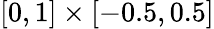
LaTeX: [0,1]\times[-0.5,0.5]